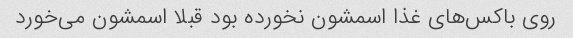
روی باکس‌های غذا اسمشون نخورده بود قبلا اسمشون می‌خورد